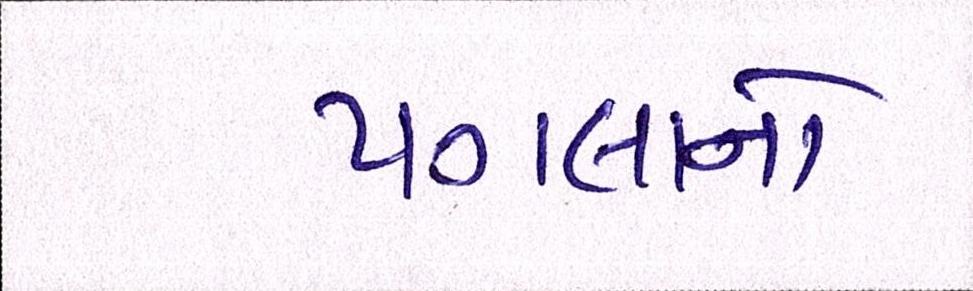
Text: પગલાનો